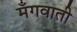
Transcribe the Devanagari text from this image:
मँगवाती